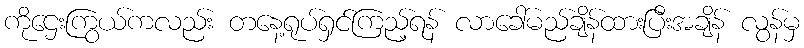
ကိုဌေးကြွယ်ကလည်း တနေ့ရုပ်ရှင်ကြည့်ရန် လာခေါ်မည်ချိန်ထားပြီးအချိန် လွန်မှ